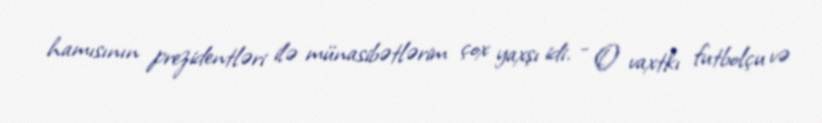
hamısının prezidentləri ilə münasibətlərim çox yaxşı idi. - O vaxtkı futbolçu və